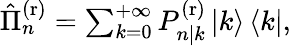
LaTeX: \begin{array}{r}{\hat{\Pi}_{n}^{\mathrm{(r)}}=\sum_{k=0}^{+\infty}P_{n|k}^{\mathrm{(r)}}\left|k\right\rangle\left\langle k\right|,}\end{array}